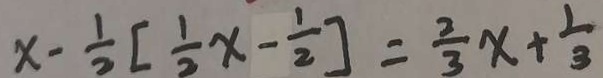
x - \frac { 1 } { 2 } [ \frac { 1 } { 2 } x - \frac { 1 } { 2 } ] = \frac { 2 } { 3 } x + \frac { 1 } { 3 }